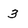
Character: 3